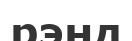
рэнд